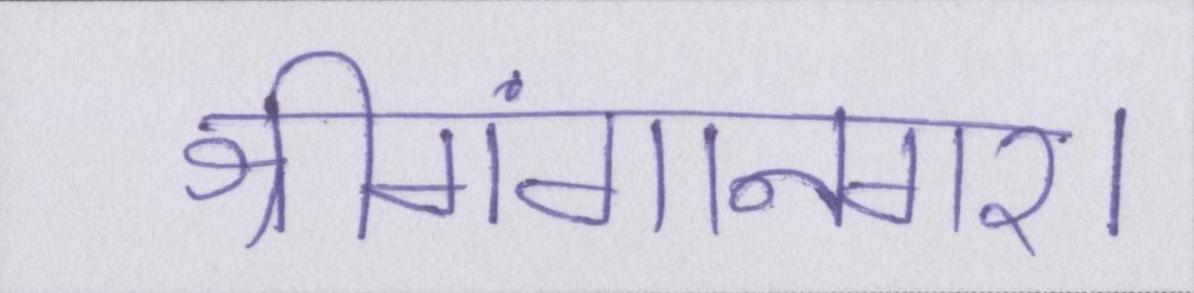
श्रीगंगानगर।